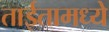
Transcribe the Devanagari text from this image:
ताईतामध्ये